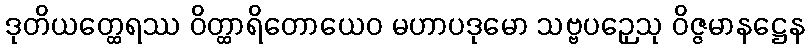
ဒုတိယတ္ထေရဿ ဝိတ္ထာရိတောယေဝ မဟာပဒုမော သဗ္ဗပဉှေသု ဝိဇ္ဇမာနဋ္ဌေန